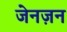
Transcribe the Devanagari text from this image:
जेनज़न